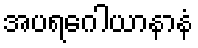
အပရဂေါယာနာနံ